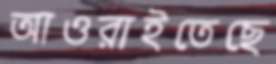
আওরাইতেছে